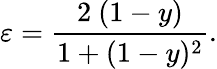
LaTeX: \varepsilon=\frac{2\ (1-y)}{1+(1-y)^{2}}.